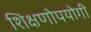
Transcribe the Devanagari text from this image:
शिक्षणोपयोगी